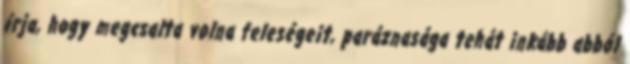
írja, hogy megcsalta volna feleségeit, paráznasága tehát inkább abból